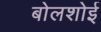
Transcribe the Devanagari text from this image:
बोलशोई